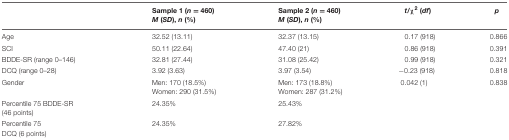
<table><thead><tr><td></td><td><b>Sample 1 (<i>n</i> = 460)<i>M</i> (<i>SD</i>), <i>n</i> (%)</b></td><td><b>Sample 2 (<i>n</i> = 460)<i>M</i> (<i>SD</i>), <i>n</i> (%)</b></td><td><b><i>t</i>/χ<sup>2</sup> (<i>df</i>)</b></td><td><b><i>p</i></b></td></tr></thead><tbody><tr><td>Age</td><td>32.52 (13.11)</td><td>32.37 (13.15)</td><td>0.17 (918)</td><td>0.866</td></tr><tr><td>SCI</td><td>50.11 (22.64)</td><td>47.40 (21)</td><td>0.86 (918)</td><td>0.391</td></tr><tr><td>BDDE-SR (range 0–146)</td><td>32.81 (27.44)</td><td>31.08 (25.42)</td><td>0.99 (918)</td><td>0.321</td></tr><tr><td>DCQ (range 0–28)</td><td>3.92 (3.63)</td><td>3.97 (3.54)</td><td>-0.23 (918)</td><td>0.818</td></tr><tr><td>Gender</td><td>Men: 170 (18.5%)Women: 290 (31.5%)</td><td>Men: 173 (18.8%)Women: 287 (31.2%)</td><td>0.042 (1)</td><td>0.838</td></tr><tr><td>Percentile 75 BDDE-SR(46 points)</td><td>24.35%</td><td>25.43%</td><td></td><td></td></tr><tr><td>Percentile 75DCQ (6 points)</td><td>24.35%</td><td>27.82%</td><td></td><td></td></tr></tbody></table>